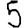
Digit: 5